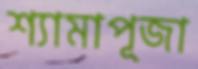
শ্যামাপূজা